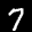
Label: 7